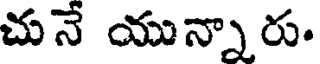
చునే యున్నారు.